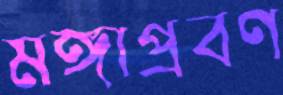
মঙ্গাপ্রবণ